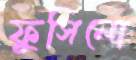
ফুসিলো